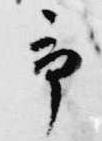
予